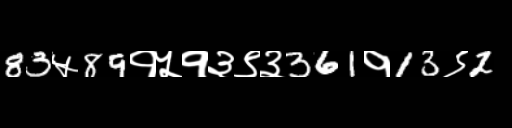
Text: 83५89१५१३९३361१13९2